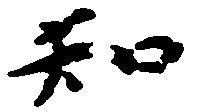
知